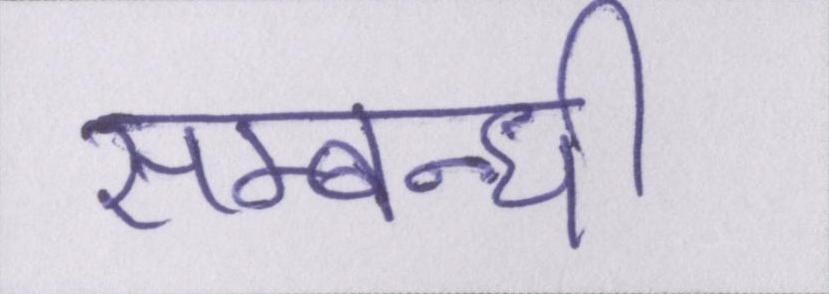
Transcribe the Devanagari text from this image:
सम्बन्धी